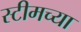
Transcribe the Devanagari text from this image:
स्टीमच्या